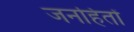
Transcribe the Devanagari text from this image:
जनहितों